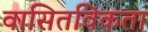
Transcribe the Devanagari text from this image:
वासितविकता